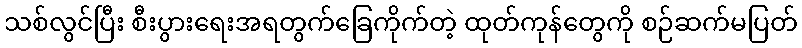
သစ်လွင်ပြီး စီးပွားရေးအရတွက်ခြေကိုက်တဲ့ ထုတ်ကုန်တွေကို စဉ်ဆက်မပြတ်